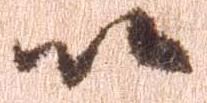
以